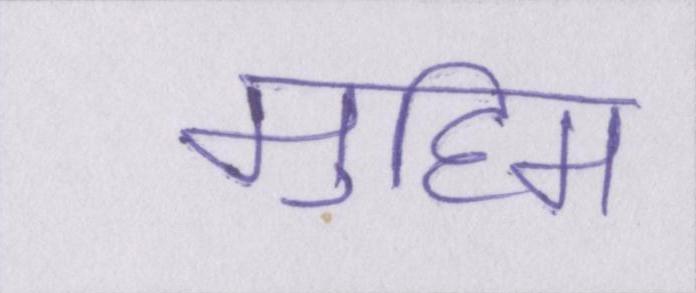
मुहिम